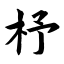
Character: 杼